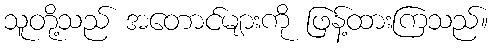
သူတို့သည် အတောင်များကို ဖြန့်ထားကြသည်။